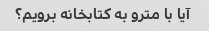
آیا با مترو به کتابخانه برویم؟